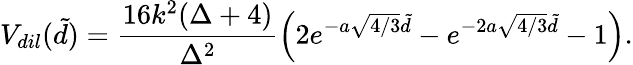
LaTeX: V_{dil}(\tilde{d})=\frac{16k^{2}(\Delta+4)}{\Delta^{2}}\left(2e^{-a\sqrt{4/3}\tilde{d}}-e^{-2a\sqrt{4/3}\tilde{d}}-1\right).